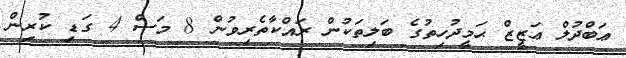
ޢަބްދުލް ޢަޒީޒް ޙަމީދުހިތުގެ ބަލިތަކުން ރައްކާތެރިވުން 8 މަސް 4 ގަޑި ކުރިން